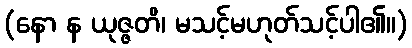
(နော န ယုဇ္ဇတိ၊ မသင့်မဟုတ်သင့်ပါ၏။)